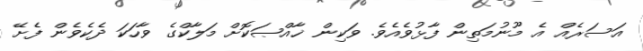
އަސަރެއް އެ މޫނުމަތިން ފާޅުވެއެވެ. ވަކިން ޚާއްޞަކޮށް މަލާކްގެ ވާހަކަ ދެކެވެން ފެށޭ